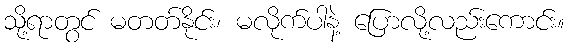
သို့ရာတွင် မတတ်နိုင်း၊ မလိုက်ပါနဲ့ ပြောလို့လည်းကောင်း။